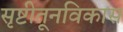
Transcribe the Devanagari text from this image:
सृष्टीतूनविकास